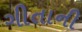
ગીતાની